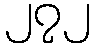
၂၇၂